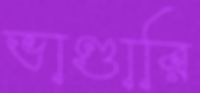
ভাণ্ডারি